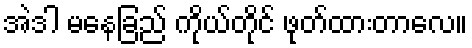
အဲဒါ မနေခြည် ကိုယ်တိုင် ဖုတ်ထားတာလေ။